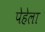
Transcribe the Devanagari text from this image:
पेहेला